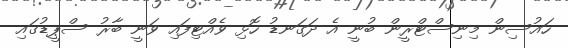
ހައުސިން މިނިސްޓްރީން ބުނީ އެ ދަގަނޑު ހޮޅި ވެއްޓިފައި ވަނީ ބާރު ސްޕީޑުގައި